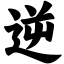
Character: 逆